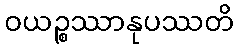
ဝယဉ္စဿာနုပဿတိ